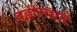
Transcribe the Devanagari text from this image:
वडीलधारे